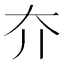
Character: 夰